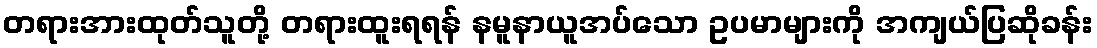
တရားအားထုတ်သူတို့ တရားထူးရရန် နမူနာယူအပ်သော ဥပမာများကို အကျယ်ပြဆိုခန်း